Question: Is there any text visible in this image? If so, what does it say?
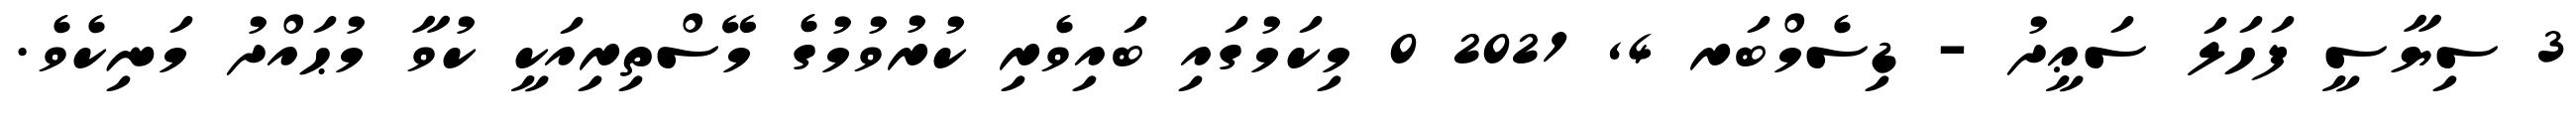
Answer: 3 ސިޔާސީ ފަހަލަ ސަޢީދު - ޑިސެމްބަރ 4, 2021 0 މިކަމުގައި ބައިވެރި ކުރުވުމުގެ މޭސްތިރިއަކީ ކުވާ މުޙައްދު މަނިކެވެ.